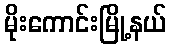
မိုးကောင်းမြို့နယ်